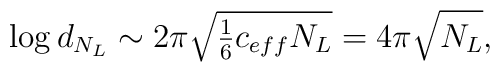
\log d_{N_L}\sim {2\pi\sqrt{\textstyle{1\over 6} c_{eff}N_L}}=4\pi\sqrt{N_L},